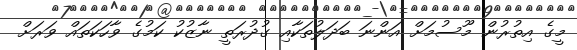
މީގެ އިތުރުން މޫސުމަށް އަންނަ ބަދަލުތަކާއި ގުދުރަތީ ނާޒުކު ކަމުގެ ވާހަކަތައް ވަރަށް